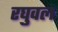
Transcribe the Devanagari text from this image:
रघुवल